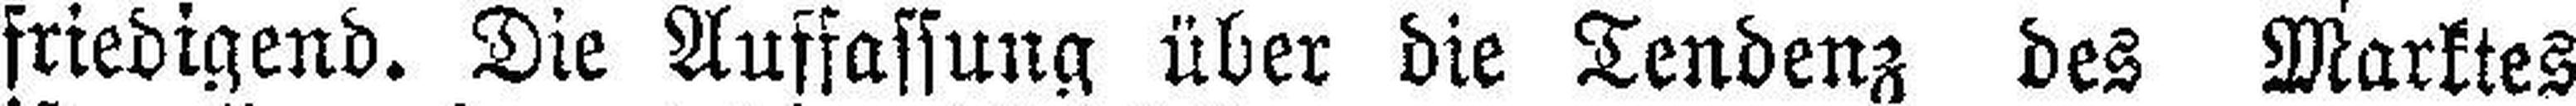
friedigend. Die Auffassung über die Tendenz des Marktes